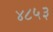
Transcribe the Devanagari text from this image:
४८५३